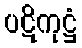
ပဋိကုဋ္ဌံ